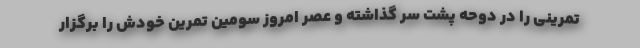
تمرینی را در دوحه پشت سر گذاشته و عصر امروز سومین تمرین خودش را برگزار